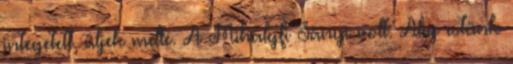
integetett, üljek mellé. A Mihályfi Sanyi volt. Alig estünk